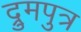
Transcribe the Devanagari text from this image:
द्रुमपुत्र